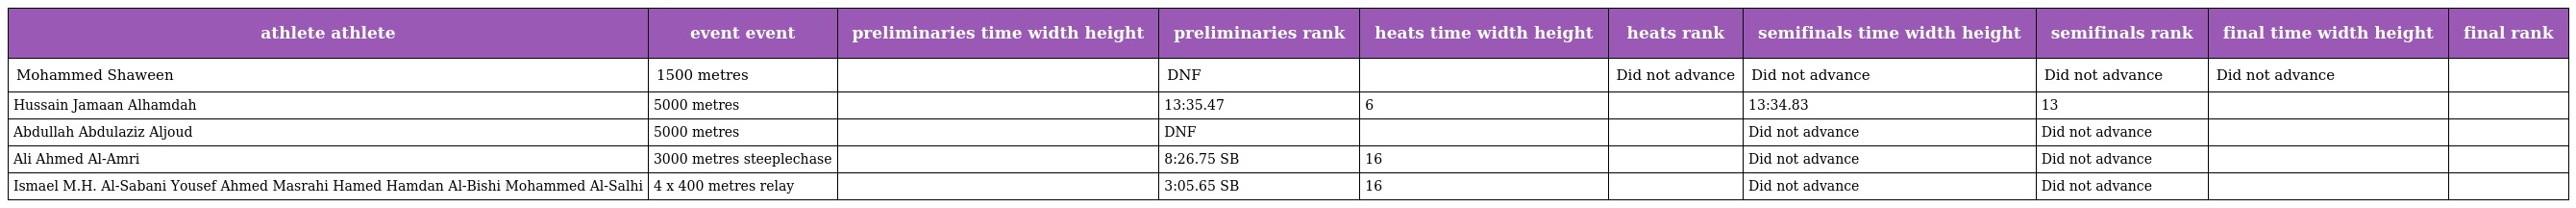
| athlete athlete | event event | preliminaries time width height | preliminaries rank | heats time width height | heats rank | semifinals time width height | semifinals rank | final time width height | final rank |
 | --- | --- | --- | --- | --- | --- | --- | --- | --- | --- |
 | Mohammed Shaween | 1500 metres |  | DNF |  | Did not advance | Did not advance | Did not advance | Did not advance |  |
 | Hussain Jamaan Alhamdah | 5000 metres |  | 13:35.47 | 6 |  | 13:34.83 | 13 |  |  |
 | Abdullah Abdulaziz Aljoud | 5000 metres |  | DNF |  |  | Did not advance | Did not advance |  |  |
 | Ali Ahmed Al-Amri | 3000 metres steeplechase |  | 8:26.75 SB | 16 |  | Did not advance | Did not advance |  |  |
 | Ismael M.H. Al-Sabani Yousef Ahmed Masrahi Hamed Hamdan Al-Bishi Mohammed Al-Salhi | 4 x 400 metres relay |  | 3:05.65 SB | 16 |  | Did not advance | Did not advance |  |  |